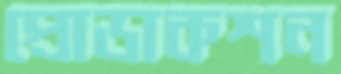
প্রোডাকশন